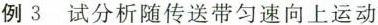
例3 试分析随传送带匀速向上运动